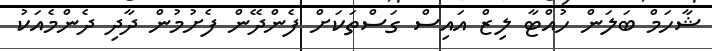
ޝާހަމް ބަލަން ހުއްޓާ ލިޒް އައިސް ގަސްތަކަށް ފެންދޭން ފެށުމުން ދާދި ދެންމެއަކު